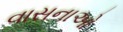
વાસનાઓ